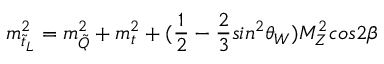
m _ { \tilde { t } _ { L } } ^ { 2 } = m _ { \tilde { Q } } ^ { 2 } + m _ { t } ^ { 2 } + ( \frac { 1 } { 2 } - \frac { 2 } { 3 } s i n ^ { 2 } \theta _ { W } ) M _ { Z } ^ { 2 } c o s 2 \beta